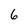
Character: 6